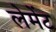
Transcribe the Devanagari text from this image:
लेमेंट